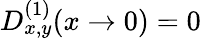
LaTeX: D_{x,y}^{(1)}(x\to 0)=0